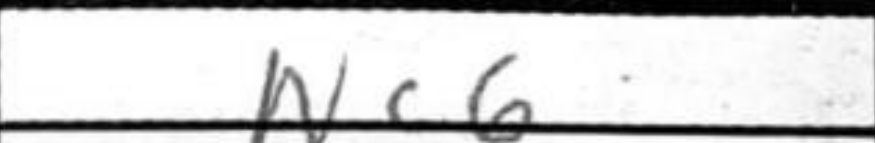
Transcription: Nc6